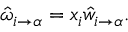
\begin{array} { r } { \hat { \omega } _ { i \to \alpha } = x _ { i } \hat { w } _ { i \to \alpha } . } \end{array}